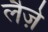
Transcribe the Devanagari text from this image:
लैज़े